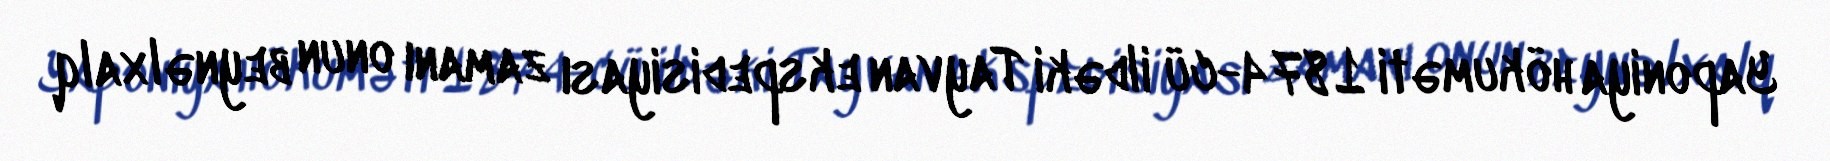
Yaponiya hökuməti 1874-cü ildəki Tayvan ekspedisiyası zamanı onun beynəlxalq